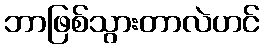
ဘာဖြစ်သွားတာလဲဟင်